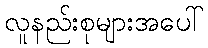
လူနည်းစုများအပေါ်